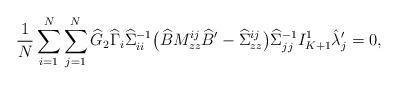
LaTeX: \begin{align*} \frac{1}{N}\sum_{i=1}^N\sum_{j=1}^N\widehat G_{2}\widehat\Gamma_i\widehat\Sigma _{ii}^{-1}\bigl(\widehat BM_{z z}^{i j}\widehat B{}'-\widehat\Sigma_{z z}^{i j}\bigr)\widehat\Sigma_{j j}^{-1}I _{K+1}^{ 1}\hat\lambda_j'=0,\end{align*}